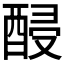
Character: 𨡉